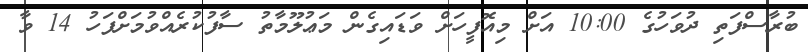
ބުރާސްފަތި ދުވަހުގެ 10:00 އަށް މިއޮފީހަށް ވަޑައިގެން މަޢުލޫމާތު ސާފުކުރެއްވުމަށްފަހު 14 ވާ